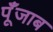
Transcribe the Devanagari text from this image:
पूँजाब